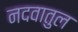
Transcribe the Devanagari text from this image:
नदवातुल